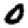
Digit: 0